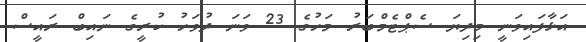
އަޅާފައިވަނީ މިދިޔަ ސެޕްޓެމްބަރު މަހުގެ 23 ވަނަ ދުވަހު ކުރީގެ ނައިބް ރައީސް